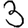
Digit: 3